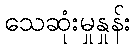
သေဆုံးမှုနှုန်း